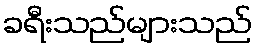
ခရီးသည်များသည်